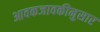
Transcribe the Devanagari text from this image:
आवकजावकीनुसार